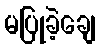
မပြုခဲ့ချေ